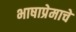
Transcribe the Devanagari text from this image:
भाषाप्रेमाचे